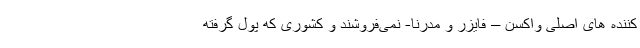
کننده های اصلی واکسن – فایزر و مدرنا- نمی‌فروشند و کشوری که پول گرفته